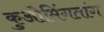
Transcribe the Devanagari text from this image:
कुओमिंगतांग